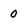
Character: 0